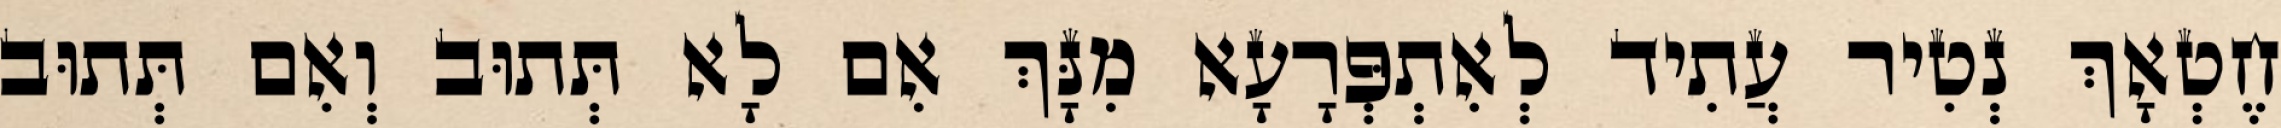
חֶטְאָךְ נְטִיר עֲתִיד לְאִתְפְּרָעָא מִנָּךְ אִם לָא תְּתוּב וְאִם תְּתוּב